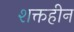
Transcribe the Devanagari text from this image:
शक्तहीन